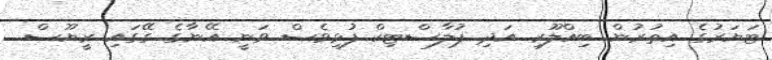
ޓަޔަރުގެ އިތުރުން ބިއްލޫރި އަދި ޕުލާސްޓިކް ފުޅިވެސް ވަނީ އޭނާގެ ގޭގައި ރީޔޫސް